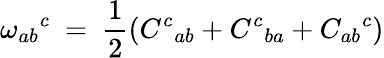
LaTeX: \omega_{ab}{}^{c}\ =\ \frac 12(C^{c}{}_{ab}+C^{c}{}_{ba}+C_{ab}{}^{c})